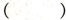
( )